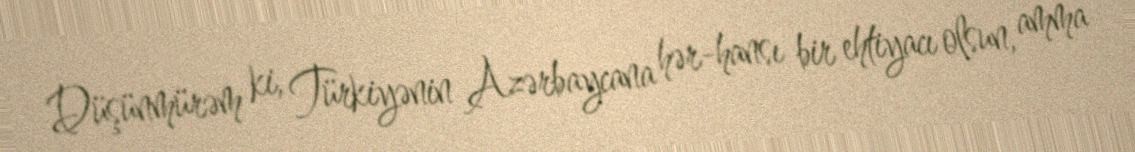
Düşünmürəm ki, Türkiyənin Azərbaycana hər-hansı bir ehtiyacı olsun, amma